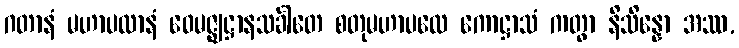
ဂတာနံ မဟာပထာနံ ဝေမဇ္ဈဋ္ဌာနသင်္ခါတေ စတုမဟာပထေ ကောဋ္ဌာသံ ကတွာ နိသိန္နော အဿ,